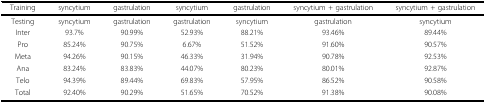
<table><thead><tr><td><b>Training</b></td><td><b>syncytium</b></td><td><b>gastrulation</b></td><td><b>syncytium</b></td><td><b>gastrulation</b></td><td><b>syncytium + gastrulation</b></td><td><b>syncytium + gastrulation</b></td></tr></thead><tbody><tr><td>Testing</td><td>syncytium</td><td>gastrulation</td><td>gastrulation</td><td>syncytium</td><td>gastrulation</td><td>syncytium</td></tr><tr><td>Inter</td><td>93.7%</td><td>90.99%</td><td>52.93%</td><td>88.21%</td><td>93.46%</td><td>89.44%</td></tr><tr><td>Pro</td><td>85.24%</td><td>90.75%</td><td>6.67%</td><td>51.52%</td><td>91.60%</td><td>90.57%</td></tr><tr><td>Meta</td><td>94.26%</td><td>90.15%</td><td>46.33%</td><td>31.94%</td><td>90.78%</td><td>92.53%</td></tr><tr><td>Ana</td><td>83.24%</td><td>83.83%</td><td>44.07%</td><td>80.23%</td><td>80.01%</td><td>92.87%</td></tr><tr><td>Telo</td><td>94.39%</td><td>89.44%</td><td>69.83%</td><td>57.95%</td><td>86.52%</td><td>90.58%</td></tr><tr><td>Total</td><td>92.40%</td><td>90.29%</td><td>51.65%</td><td>70.52%</td><td>91.38%</td><td>90.08%</td></tr></tbody></table>